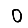
Digit: 0